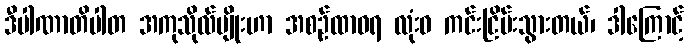
ဒီပါဏာတိပါတ အကုသိုလ်မျိုးဟာ အစဉ်ထာဝရ လုံးဝ ကင်းငြိမ်းသွားတယ်၊ ဒါကြောင့်